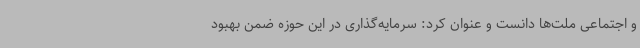
و اجتماعی ملت‌ها دانست و عنوان کرد: سرمایه‌گذاری در این حوزه ضمن بهبود